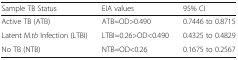
| Sample TB Status | EIA values | 95% CI |
 | --- | --- | --- |
 | Active TB (ATB) | ATB=OD>0.490 | 0.7446 to 0.8715 |
 | Latent M.tb Infection (LTBI) | LTBI=0.26>OD<0.490 | 0.4325 to 0.4829 |
 | No TB (NTB) | NTB=OD<0.26 | 0.1675 to 0.2567 |